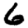
Digit: 6